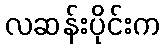
လဆန်းပိုင်းက